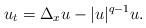
LaTeX: \begin{align*} u_t=\Delta_xu-|u|^{q-1}u. \end{align*}